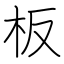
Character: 板